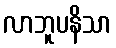
လာဘူပနိသာ